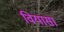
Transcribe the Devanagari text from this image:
वियासा